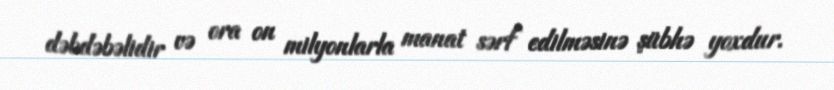
dəbdəbəlidir və ora on milyonlarla manat sərf edilməsinə şübhə yoxdur.